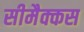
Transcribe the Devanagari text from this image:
सीमैक्कस